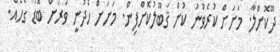
ދޫކޮށްލާ. މަށަށް ކުރެވުނު ކުށް ޤަބޫލުކޮށްފިން. މަށަށް ހެދުނީ ވަރަށް ބޮޑު ގޯހެއް.